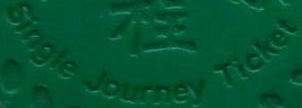
Single Journey Ticket